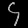
Digit: ၄